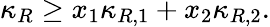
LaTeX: \kappa_{R}\geq x_{1}\kappa_{R,1}+x_{2}\kappa_{R,2}.